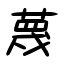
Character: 蔑